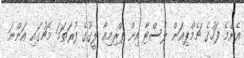
އެންމެ ފަހުގެ ޗެމްޕިއަން ލެސްޓާ އިން ޕްރިމިއާ ލީގުގެ ފުރަތަމަ މެޗުގައި އަންނަ